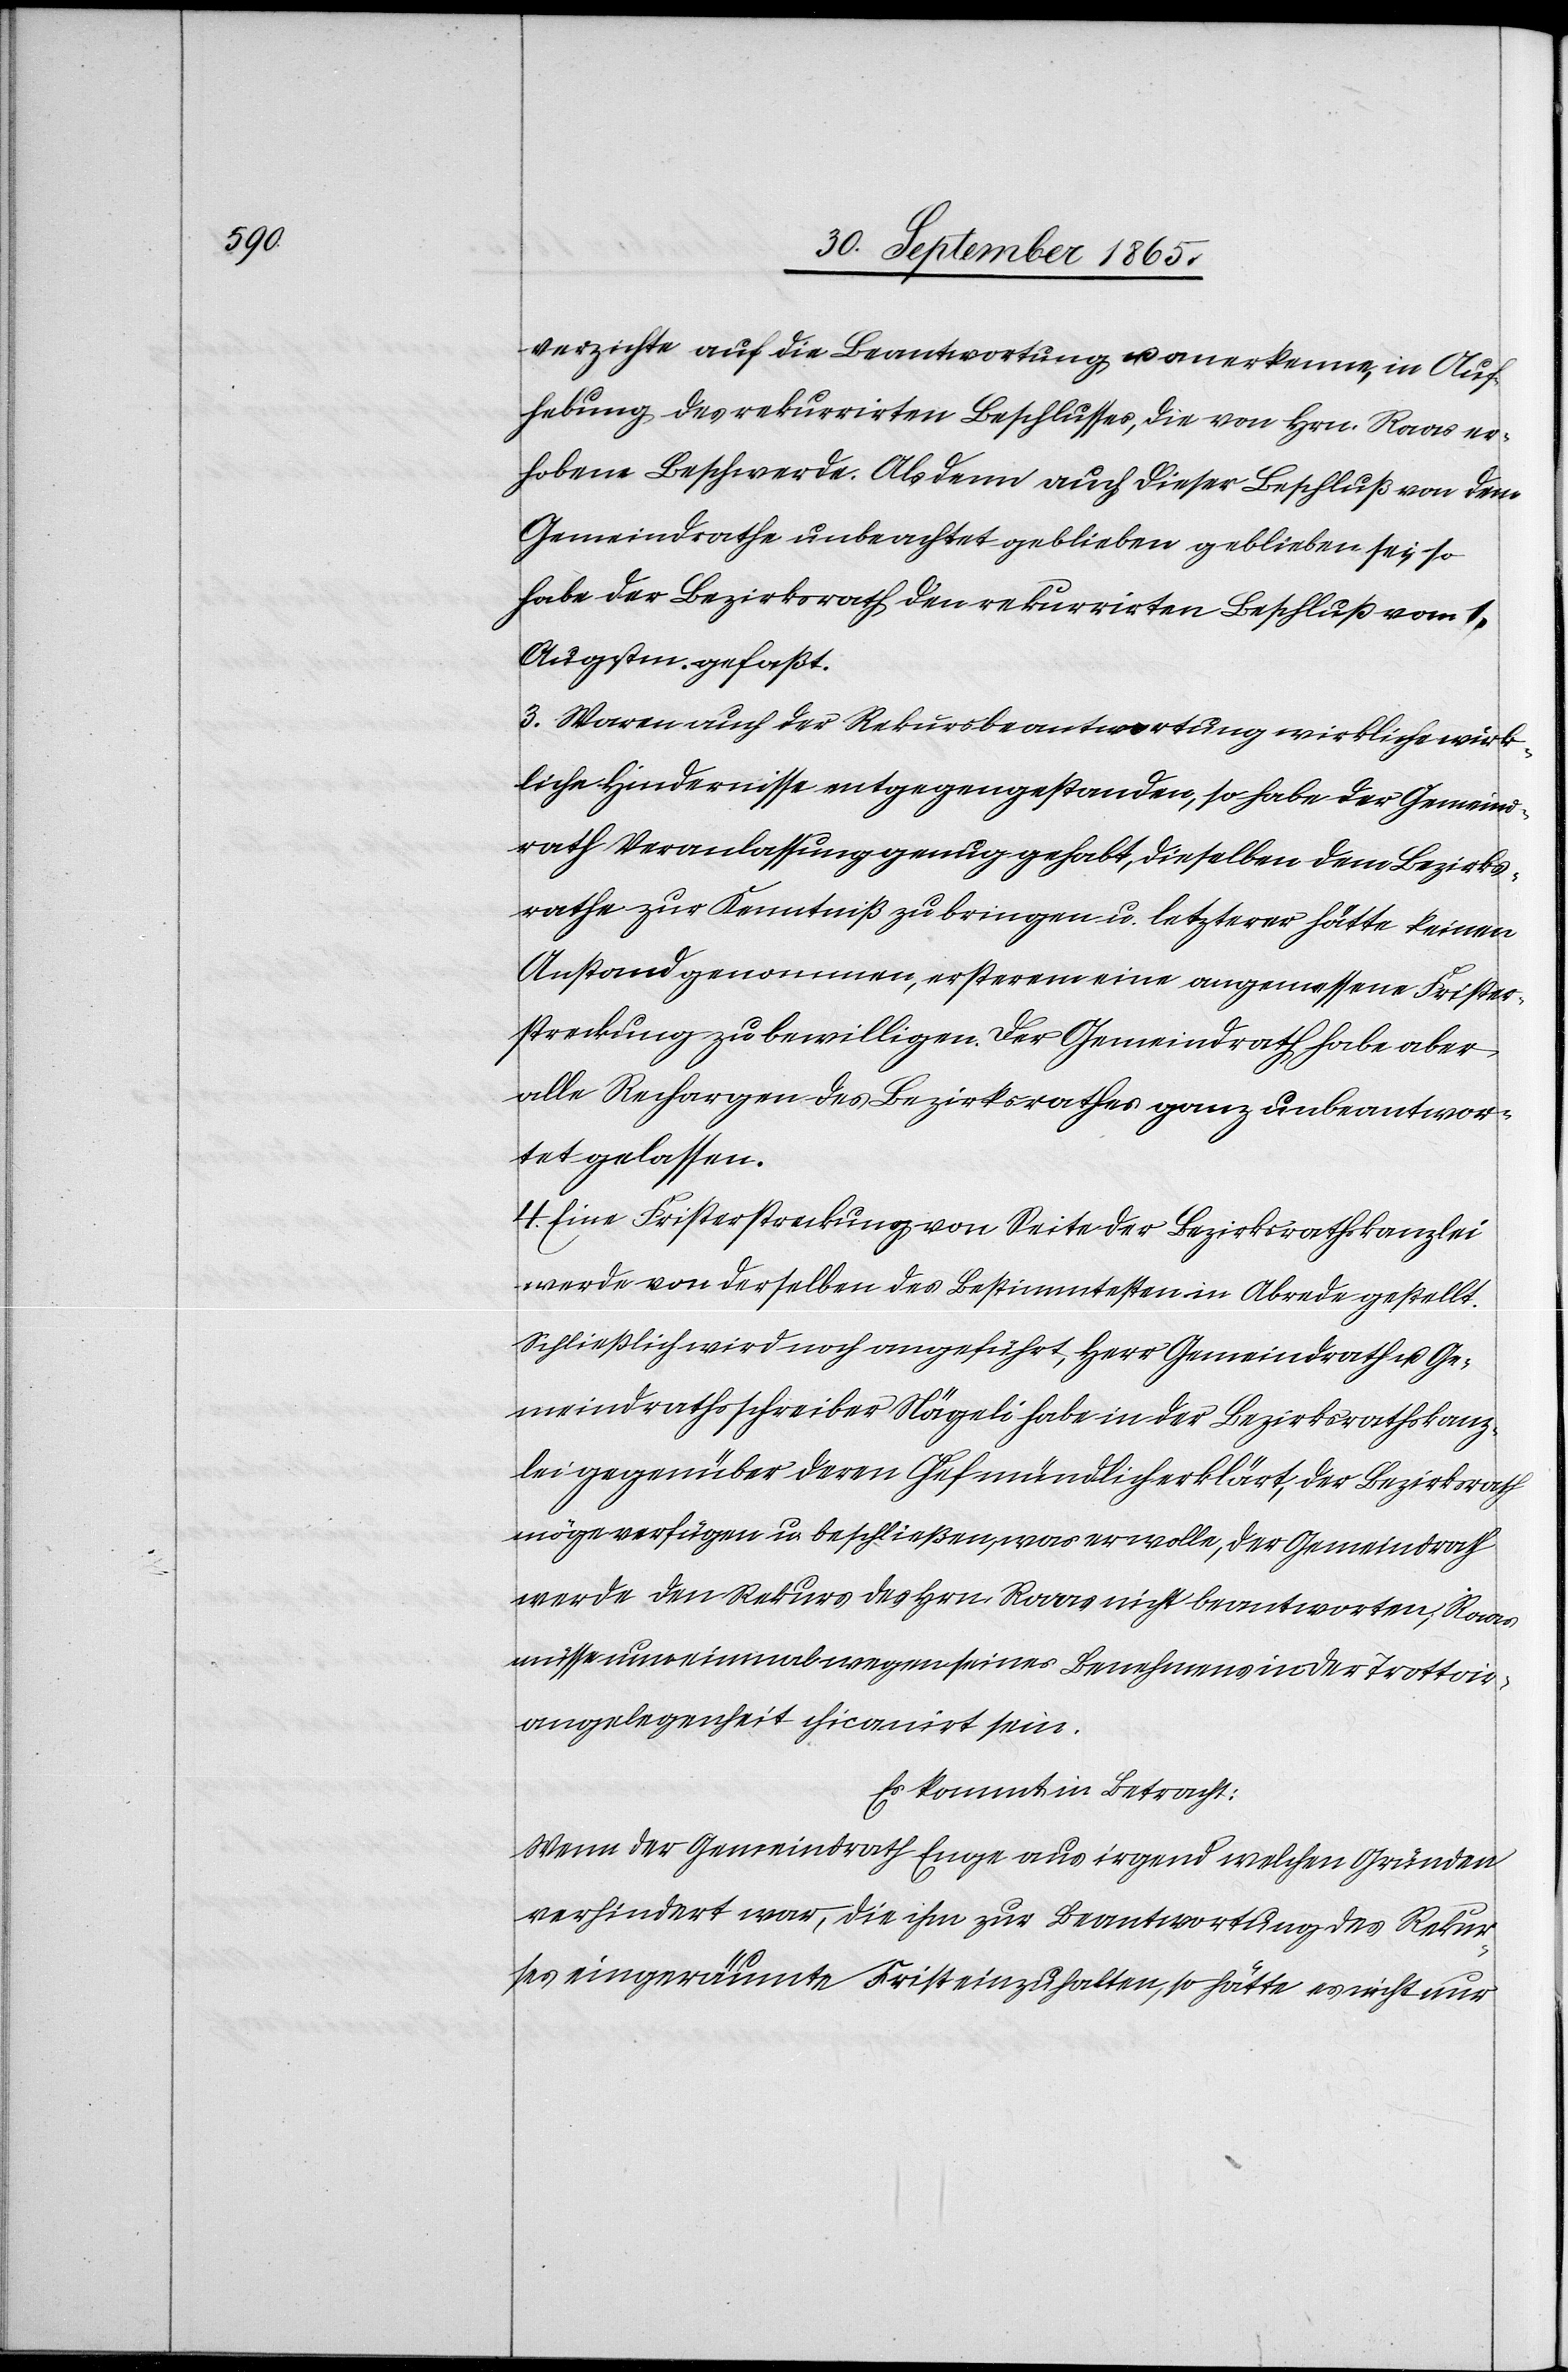
verzichte auf die Beantwortung u. anerkenne, in Auf¬
hebung des rekurrirten Beschlusses, die von Hrn. Raas er¬
hobene Beschwerde. Als denn auch dieser Beschluß von dem
Gemeindrathe unbeachtet geblieben geblieben [sic!]
habe der Bezirksrath den rekurrirten Beschluß vom 1.
Augstm. gefaßt.
3. Waren auch der Rekursbeantwortung wirkliche wirk¬
liche [sic!] Hindernisse entgegengestanden, so habe der Gemeind¬
rath Veranlassung genug gehabt, dieselben dem Bezirks¬
rathe zur Kenntniß zu bringen u. letzterer hätte keinen
Anstand genommen, ersterem eine angemessene Frister¬
streckung zu bewilligen. Der Gemeindrath habe aber
alle Rechargen des Bezirksrathes ganz unbeantwor¬
tet gelassen.
4. Eine Fristerstreckung von Seite der Bezirksrathskanzlei
werde von derselben des Bestimmtesten in Abrede gestellt.
Schließlich wird noch angeführt, Herr Gemeindrath u. Ge¬
meindrathsschreiber Nägeli habe in der Bezirksrathskanz¬
lei gegenüber deren Gef [sic!] mündlich erklärt, der Bezirksrath
möge verfügen u. beschließen, was er wolle, der Gemeindrath
werde den Rekurs des Hrn. Raas nicht beantworten; Raas
müsse nun einmal wegen seines Benehmens in der Trottoir¬
angelegenheit chicanirt sein.
Es kommt in Betracht:
Wenn der Gemeinde Enge aus irgend welchen gründen
verhindert war, die ihm zur Beantwortung des Rekurs¬
es eingeräumte Frist einzuhalten, so hätte es nicht nur